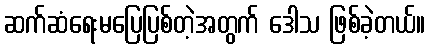
ဆက်ဆံရေးမပြေပြစ်တဲ့အတွက် ဒေါသ ဖြစ်ခဲ့တယ်။